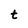
Character: t